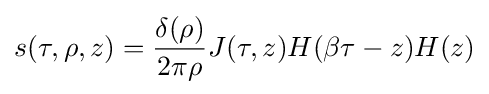
s(\tau ,\rho ,z)={\frac {\delta (\rho )}{2\pi \rho }}J(\tau ,z)H(\beta \tau -z)H(z)